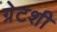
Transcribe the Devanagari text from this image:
ग्रेटशी